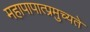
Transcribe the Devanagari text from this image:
महापापात्प्रमुच्यते